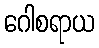
ဂေါစရာယ